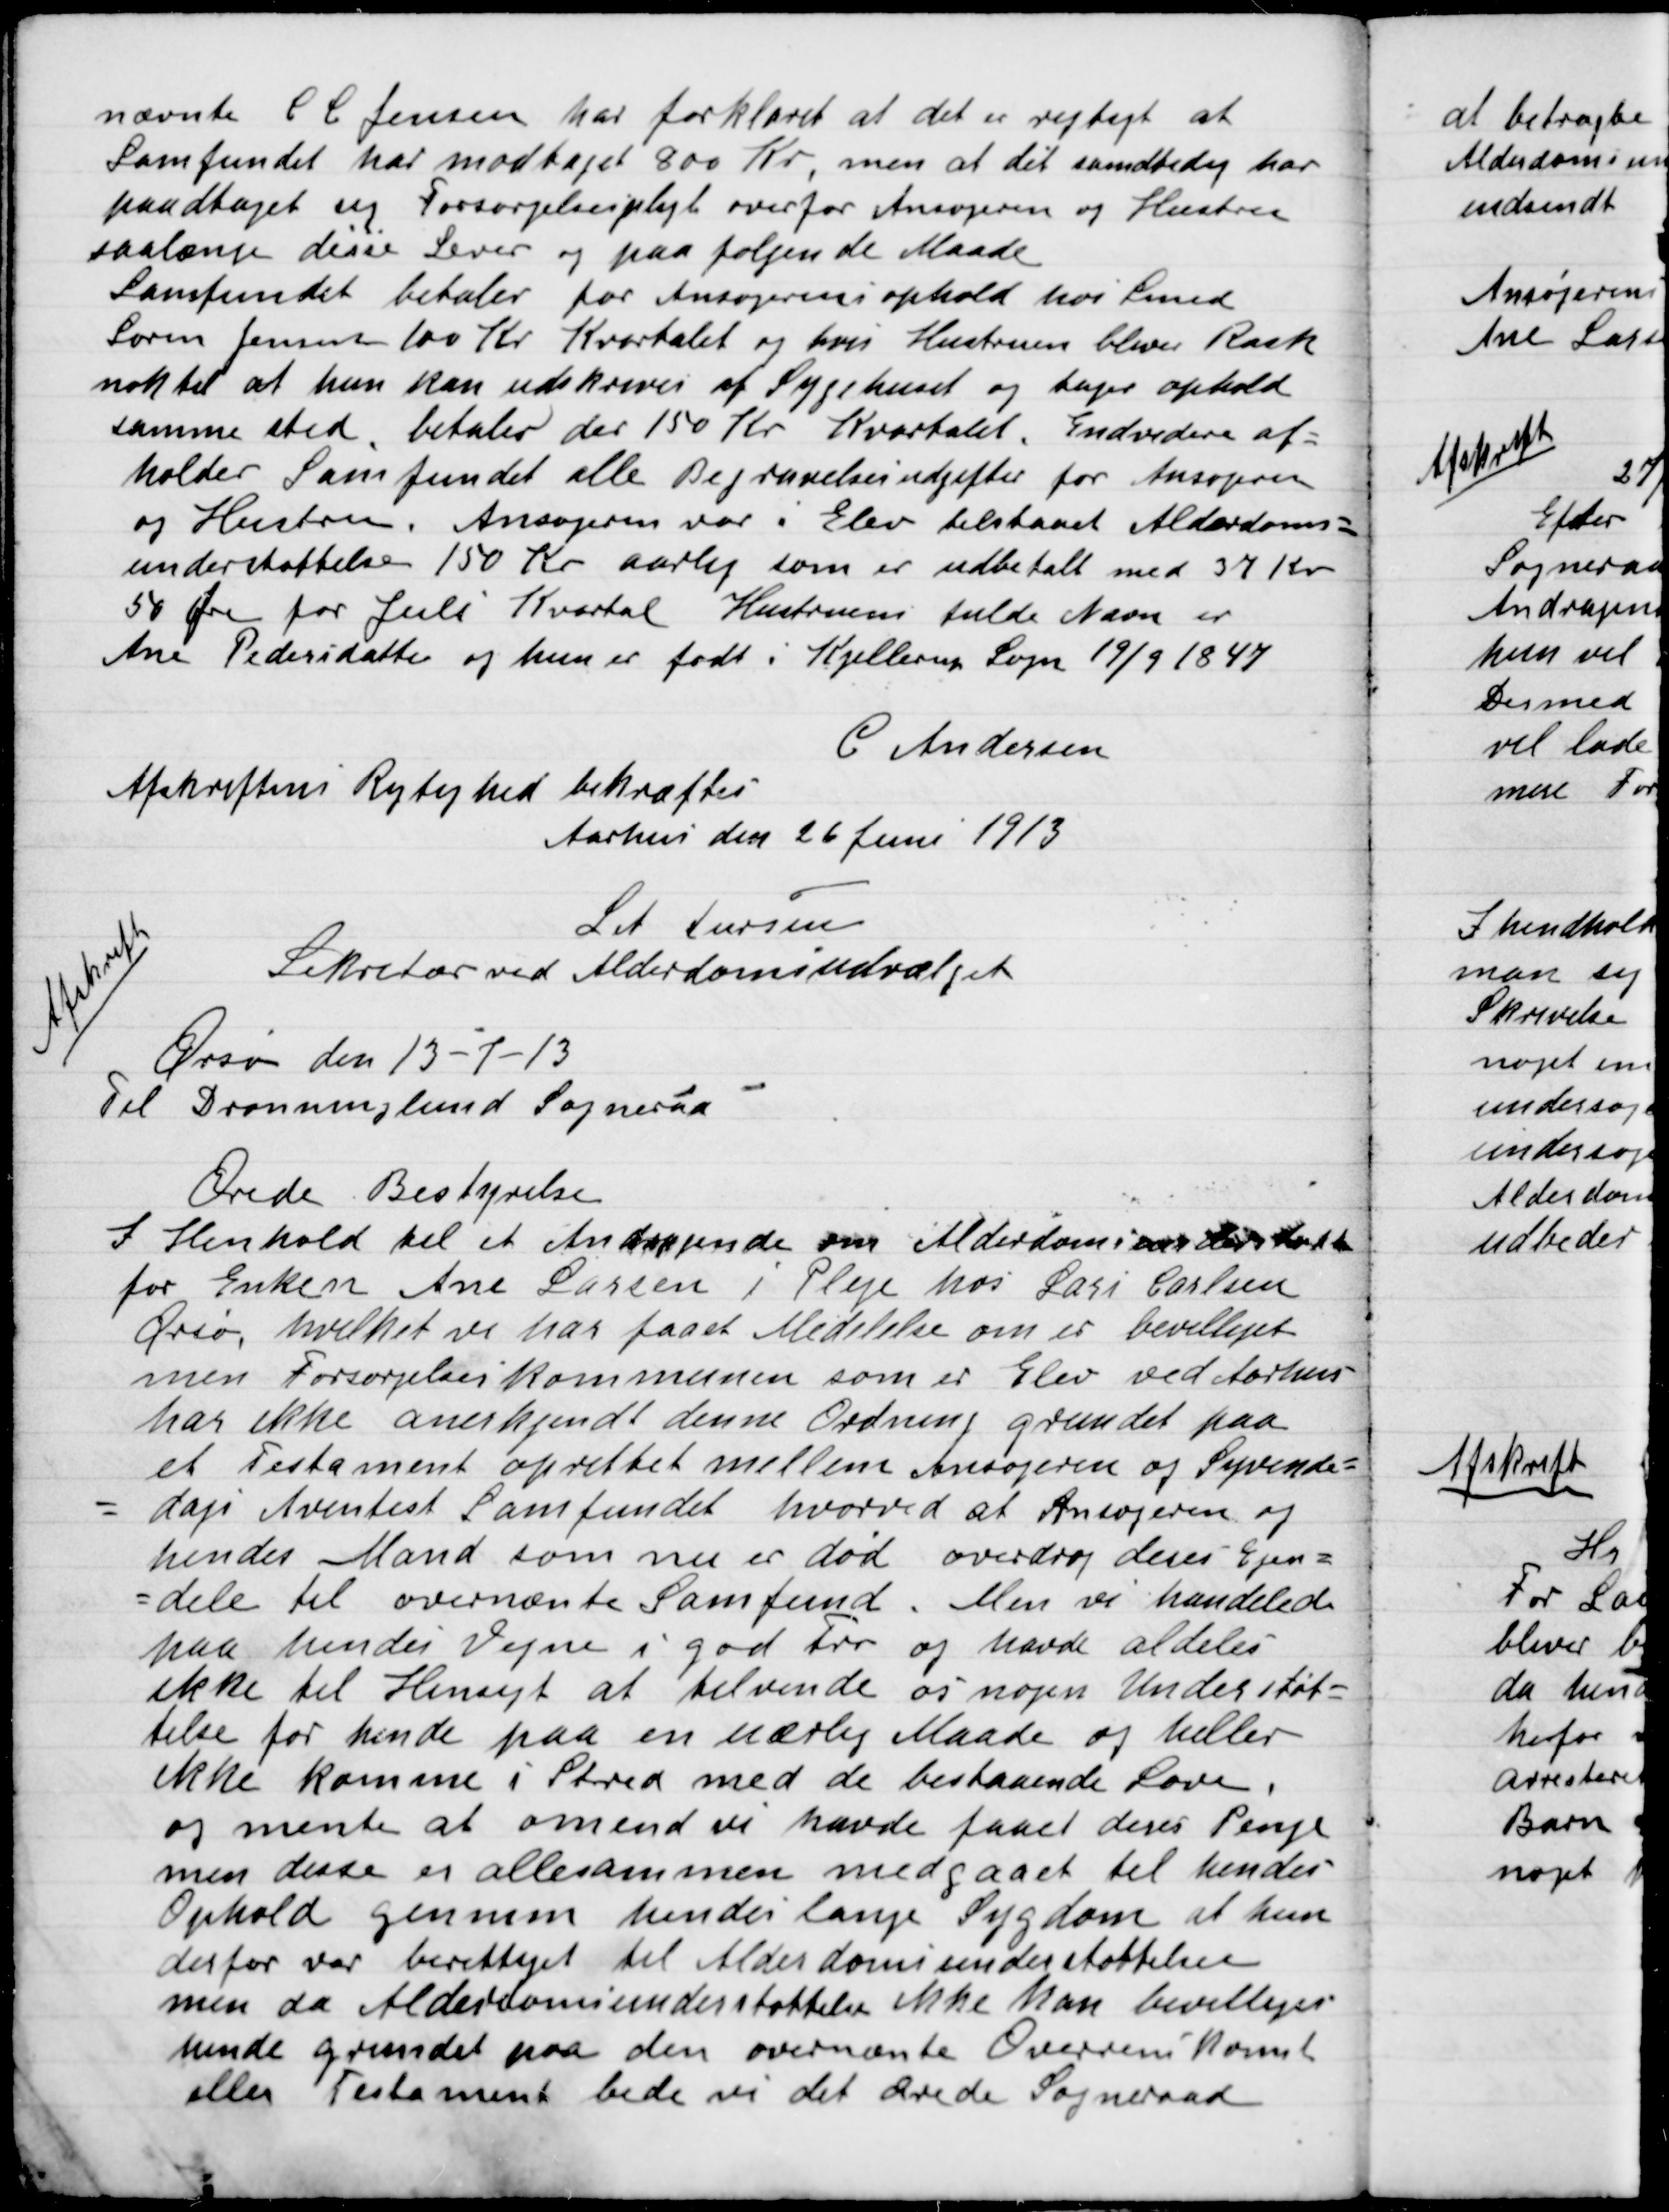
Transskription:
nævnte C.C Jensen har forklaret at det er rigtigt  at
Samfundet har modtaget 800 Kr. men at det samtidig har
paadtaget sig Forsørgerpligtigt overfor Ansøgeren og Hustru
saalænge disse Lever og paa følende Maade
Samfundet betaler for Ansøgerens ophold hos Smed
Søren Jensen 100 Kr. Kvartalet og  hvor Hustruen bliver Rask
nok til at hun kan udskrives af Sygehuset og tager ophold
samme sted. Betales 150 Kr. Kvartalet. Endvidere af-
holder samfundet alle Begravelsesudgifter for Ansøgeren
og Hustruen. Ansøgeren var i Elev tilstaaet Alderdoms-
understøttelse 150 aarlig som er udbetalt med 37 Kr.
50 Øre for Juli Kvartal Hustruens fulde Navn er
Ane Pedersdatter og hun er født i Kjellerup Sogn 19/9 1847.
C. Andersen
Afskriftens Rigtighed bekræftes
Aarhus den 26 juni 1913

Afskrift
Let. Tursen
Sekretær ved Alderdom udvalget
Ørsø den 13-7-13
Til Dronninglund Sogneraad
Ærede Bestyrelse
I henhold til et Andragende om Alderdomsunderstøttelse
for Enken Ane Larsen i Pleje hos Lars Carlsen
Ærsø hvilket vi har faaet Meddelelse om er bevilliget
men Forsørgelseskommunen som er Elev ved Aarhus
har ikke anerkjendt denne Ordning grundet paa
et Testament oprettet mellem ansørns og Syvende-
dags Aventest Samfundet hvorved at Ansøgeren og
hendes Mand som nu er død overdrog dennes Ejen-
dele til ovennævnte Samfund. Men vi handlede
paa hendes Vegne i god Tro og havde aldeles
ikke til Hensigt at tilvende os nogen Understøt-
telse for hende paa en uærlig Maade og heller
ikke komme i Strid med de bestaaende Love.
og mente at om end vi havde faaet deres Penge
men disse er alle sammen medgaet til hendes
Ophold gennem hendes lange Sygdom at hun
derfor var berettiget Alderdomsunderstøttelse
men da Alderdomsunderstøttelse ikke kan bevilliges
hende grundet paa den overnænte Overenskomst
eller Testament beder vi det Ærede Sogneraad